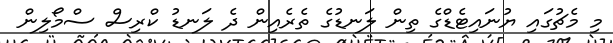
މި މެޗުގައި ޔުނައިޓެޑްގެ ތިން ލަނޑުގެ ތެރެއިން ދެ ލަނޑު ކްރިސް ސްމޯލިން